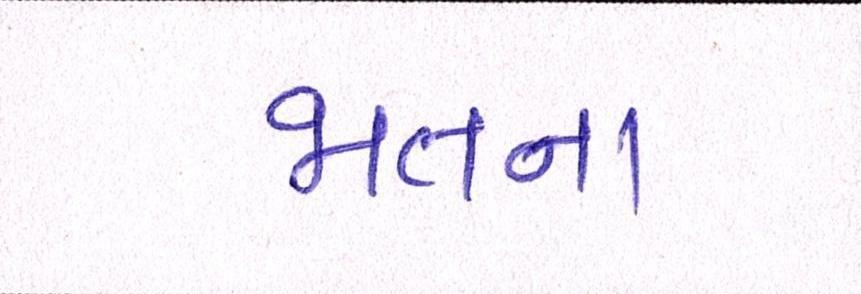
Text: જાતના